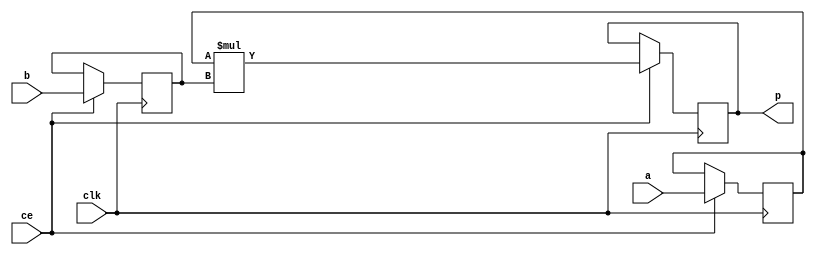
module fir_hw_mul_18s_15s_33_3_MAC3S_0(clk, ce, a, b, p);
input clk;
input ce;
input[18 - 1 : 0] a; // synthesis attribute keep a "true"
input[15 - 1 : 0] b; // synthesis attribute keep b "true"
output[33 - 1 : 0] p;

reg signed [18 - 1 : 0] a_reg0;
reg signed [15 - 1 : 0] b_reg0;
wire signed [33 - 1 : 0] tmp_product;
reg signed [33 - 1 : 0] buff0;

assign p = buff0;
assign tmp_product = a_reg0 * b_reg0;
always @ (posedge clk) begin
    if (ce) begin
        a_reg0 <= a;
        b_reg0 <= b;
        buff0 <= tmp_product;
    end
end
endmodule